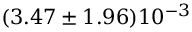
( 3 . 4 7 \pm 1 . 9 6 ) 1 0 ^ { - 3 }